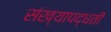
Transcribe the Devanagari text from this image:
संख्यापद्धती